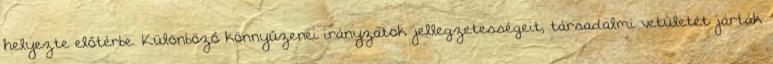
helyezte előtérbe. Különböző könnyűzenei irányzatok jellegzetességeit, társadalmi vetületét járták